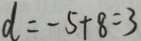
d = - 5 + 8 = 3